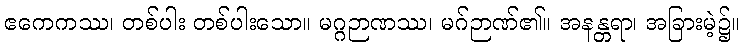
ဧကေကဿ၊ တစ်ပါး တစ်ပါးသော။ မဂ္ဂဉာဏဿ၊ မဂ်ဉာဏ်၏။ အနန္တရာ၊ အခြားမဲ့၌။